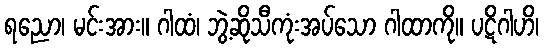
ရညော၊ မင်းအား။ ဂါထံ၊ ဘွဲ့ဆိုသီကုံးအပ်သော ဂါထာကို။ ပဋိဂါဟိ၊